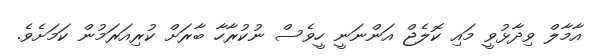
އާމާލް ވިދާޅުވީ މައި ކޮލެޖް އަންނަނީ ހީވެސް ނުކުރާހާ ބާރަށް ކުރިއަރަމުން ކަމަށެވެ.